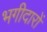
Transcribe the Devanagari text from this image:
भगीदारों